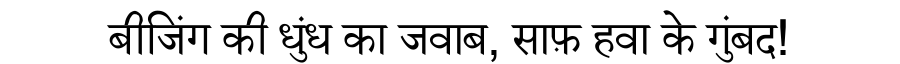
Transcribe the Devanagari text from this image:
बीजिंग की धुंध का जवाब, साफ़ हवा के गुंबद!